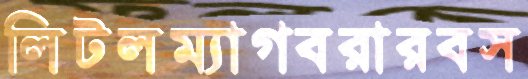
লিটলম্যাগবরারবস